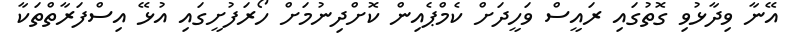
އޭނާ ވިދާޅުވި ގޮތުގައި ރައީސް ވަހީދަށް ކެމްޕެއިން ކޮށްދިނުމަށް ހޯރަފުށީގައި އުޅޭ އިސްފަރާތްތަކާ